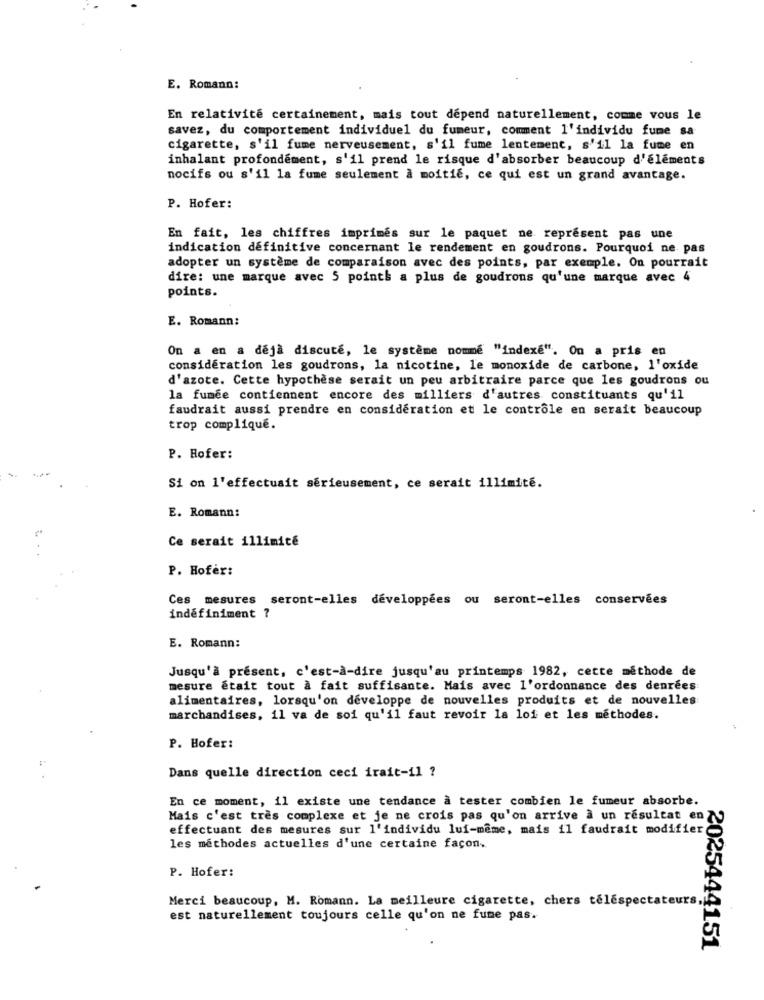
E. Romano:
En relativité certainement, mais tout dépend naturellement, comme vous le
savez, du comportement individuel du fumeur, comment l'individu fume sa
cigarette, s'il fume nerveusement, s'il fume lentement, s'il la fume en
inhalant profondément, s'il prend le risque d'absorber beaucoup d'éléments
nocifs ou s'il la fume seulement à moitie, ce qui est un grand avantage.
P. Hofer:
En fait, les chiffres imprimes sur le paquet ne represent pas une
indication définitive concernant le rendement en goudrons. Pourquoi ne pas
adopter un système de comparaison avec des points, par exemple. On pourrait
dire: une marque avec 5 points a plus de goudrons qu'une marque avec 4
points.
E. Romann:
On a en a déjà discuté, le système nommé "indexe". On a pris en
considération les goudrons, la nicotine, le monoxide de carbone, l'oxide
d'azote. Cette hypothèse serait un peu arbitraire parce que les goudrons ou
la fumée contiennent encore des milliers d'autres constituants qu'il
faudrait aussi prendre en considération et le contrôle en serait beaucoup
trop compliqué.
P. Hofer:
Si on l'effectuait sérieusement, ce serait illimité.
E. Romann:
Ce serait illimité
P. Hofer:
Ces mesures seront-elles développées ou seront-elles conservées
indéfiniment ?
E. Romann:
Jusqu'à présent, c'est-à-dire jusqu'au printemps 1982, cette méthode de
mesure était tout à fait suffisante. Mais avec l'ordonnance des denrées
alimentaires, lorsqu'on développe de nouvelles produits et de nouvelles
marchandises, il va de soi qu'il faut revoir la loi et les méthodes.
P. Hofer:
Dans quelle direction ceci irait-il ?
En ce moment, il existe une tendance à tester combien le fumeur absorbe.
Mais c'est très complexe et je ne crois pas qu'on arrive a un resultat en
effectuant des mesures sur l'individu lui-même, mais il faudrait modifier
les méthodes actuelles d'une certaine façon.
P. Hofer:
Merci beaucoup, M. Romann. La meilleure cigarette, chers telespecta
est naturellement toujours celle qu'on ne fume pas.
2025444151